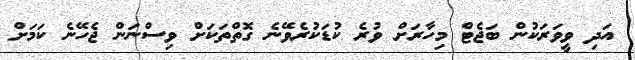
އަދި ވީވަރަކުން ބަޖެޓް މިހާރަށް ވުރެ ކުޑަކުރެވޭނެ ގޮތްތަކަށް ވިސްނަން ޖެހޭނެ ކަމަށް